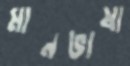
মানভাষা